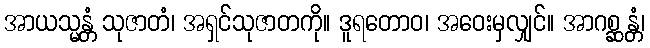
အာယသ္မန္တံ သုဇာတံ၊ အရှင်သုဇာတကို။ ဒူရတောဝ၊ အဝေးမှလျှင်။ အာဂစ္ဆန္တံ၊